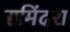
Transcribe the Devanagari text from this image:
समिंदरा